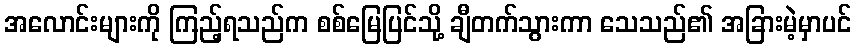
အလောင်းများကို ကြည့်ရသည်က စစ်မြေပြင်သို့ ချီတက်သွားကာ သေသည်၏ အခြားမဲ့မှာပင်